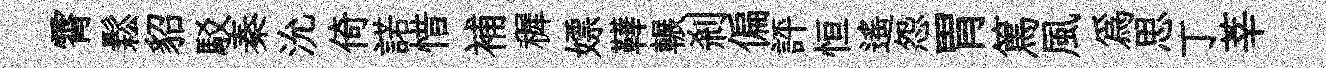
霄鬆貂駁秦沇倚諾惜補穉嫖鞾輾剎偏評恒遙怨胃篤風爲思丁莘